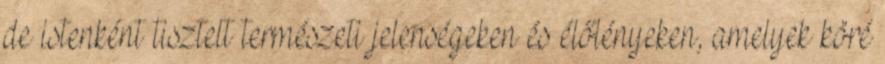
de istenként tisztelt természeti jelenségeken és élőlényeken, amelyek köré